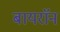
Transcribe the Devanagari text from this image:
बायराॅन